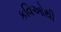
કવિઓથી